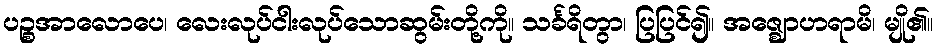
ပဉ္စအာလောပေ၊ လေးလုပ်ငါးလုပ်သောဆွမ်းတို့ကို။ သင်္ခရိတွာ၊ ပြပြင်၍။ အဇ္ဈောဟရာမိ၊ မျို၏။